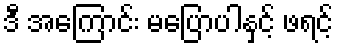
ဒီ အကြောင်း မပြောပါနှင့် ဖရင့်